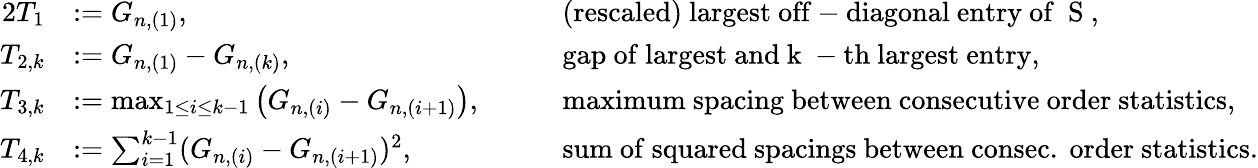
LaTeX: \begin{array}{rlrl}{{2}T_{1}}&{:=G_{n,(1)},\quad}&&{\mathrm{(rescaled)~largest~off-diagonal~entry~of~{\mathbf~S}~,}}\\ {T_{2,k}}&{:=G_{n,(1)}-G_{n,(k)},}&&{\mathrm{gap~of~largest~and~k~-th~largest~entry,}}\\ {T_{3,k}}&{:=\operatorname*{max}_{1\leq i\leq k-1}\big(G_{n,(i)}-G_{n,(i+1)}\big),\quad}&&{\mathrm{maximum~spacing~between~consecutive~order~statistics,}}\\ {T_{4,k}}&{:=\sum_{i=1}^{k-1}(G_{n,(i)}-G_{n,(i+1)})^{2},}&&{\mathrm{sum~of~squared~spacings~between~consec.\ order~statistics.}}\end{array}